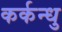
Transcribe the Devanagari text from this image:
कर्कन्धु